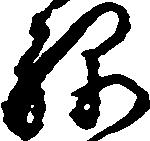
禄